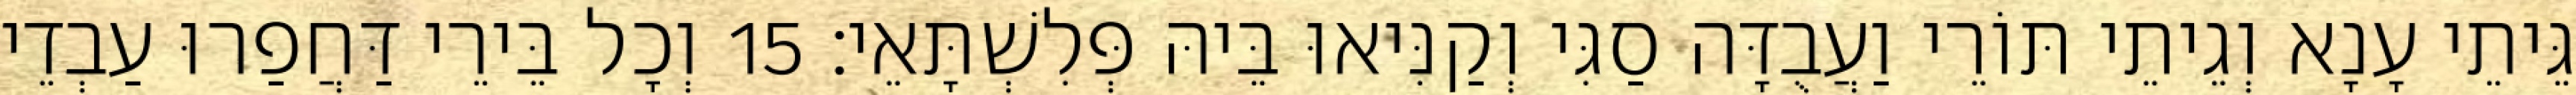
גֵּיתֵי עָנָא וְגֵיתֵי תּוֹרֵי וַעֲבֻדָּה סַגִּי וְקַנִּיאוּ בֵּיהּ פְּלִשְׁתָּאֵי׃ 15 וְכָל בֵּירֵי דַּחֲפַרוּ עַבְדֵי